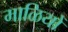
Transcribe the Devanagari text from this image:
माळियों